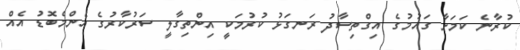
ކުރާނެ ކަމަށާ ގައުމުގެ އިގްތިސާދު ރަނގަޅު ކުރުމަކީ އިންތިގާލީ ސަރުކާރުގެ އެންމެބޮޑު އެއް